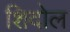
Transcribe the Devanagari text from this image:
शिदोल